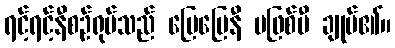
ရင့်ရင့်နီစဉ်ရုပ်သည် ပြေပြေနီ မဖြစ်မီ ချုပ်၏။